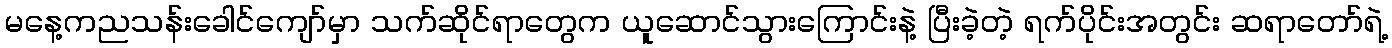
မနေ့ကညသန်းခေါင်ကျော်မှာ သက်ဆိုင်ရာတွေက ယူဆောင်သွားကြောင်းနဲ့ ပြီးခဲ့တဲ့ ရက်ပိုင်းအတွင်း ဆရာတော်ရဲ့